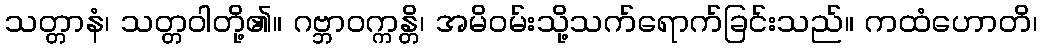
သတ္တာနံ၊ သတ္တဝါတို့၏။ ဂဗ္ဘာဝက္ကန္တိ၊ အမိဝမ်းသို့သက်ရောက်ခြင်းသည်။ ကထံဟောတိ၊